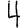
Digit: 4